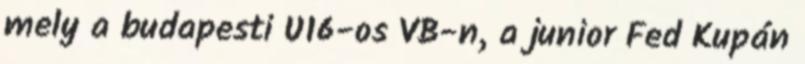
mely a budapesti U16-os VB-n, a junior Fed Kupán